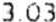
3.03